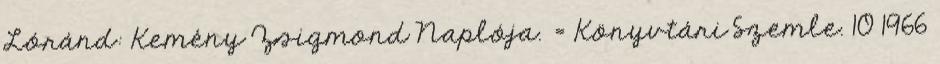
Lóránd: Kemény Zsigmond Naplója. = Könyvtári Szemle. 10 1966